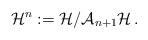
LaTeX: \begin{align*}{\cal H}^{n} : = {\cal H} / {\cal A}_{n+1} {\cal H} \,.\end{align*}